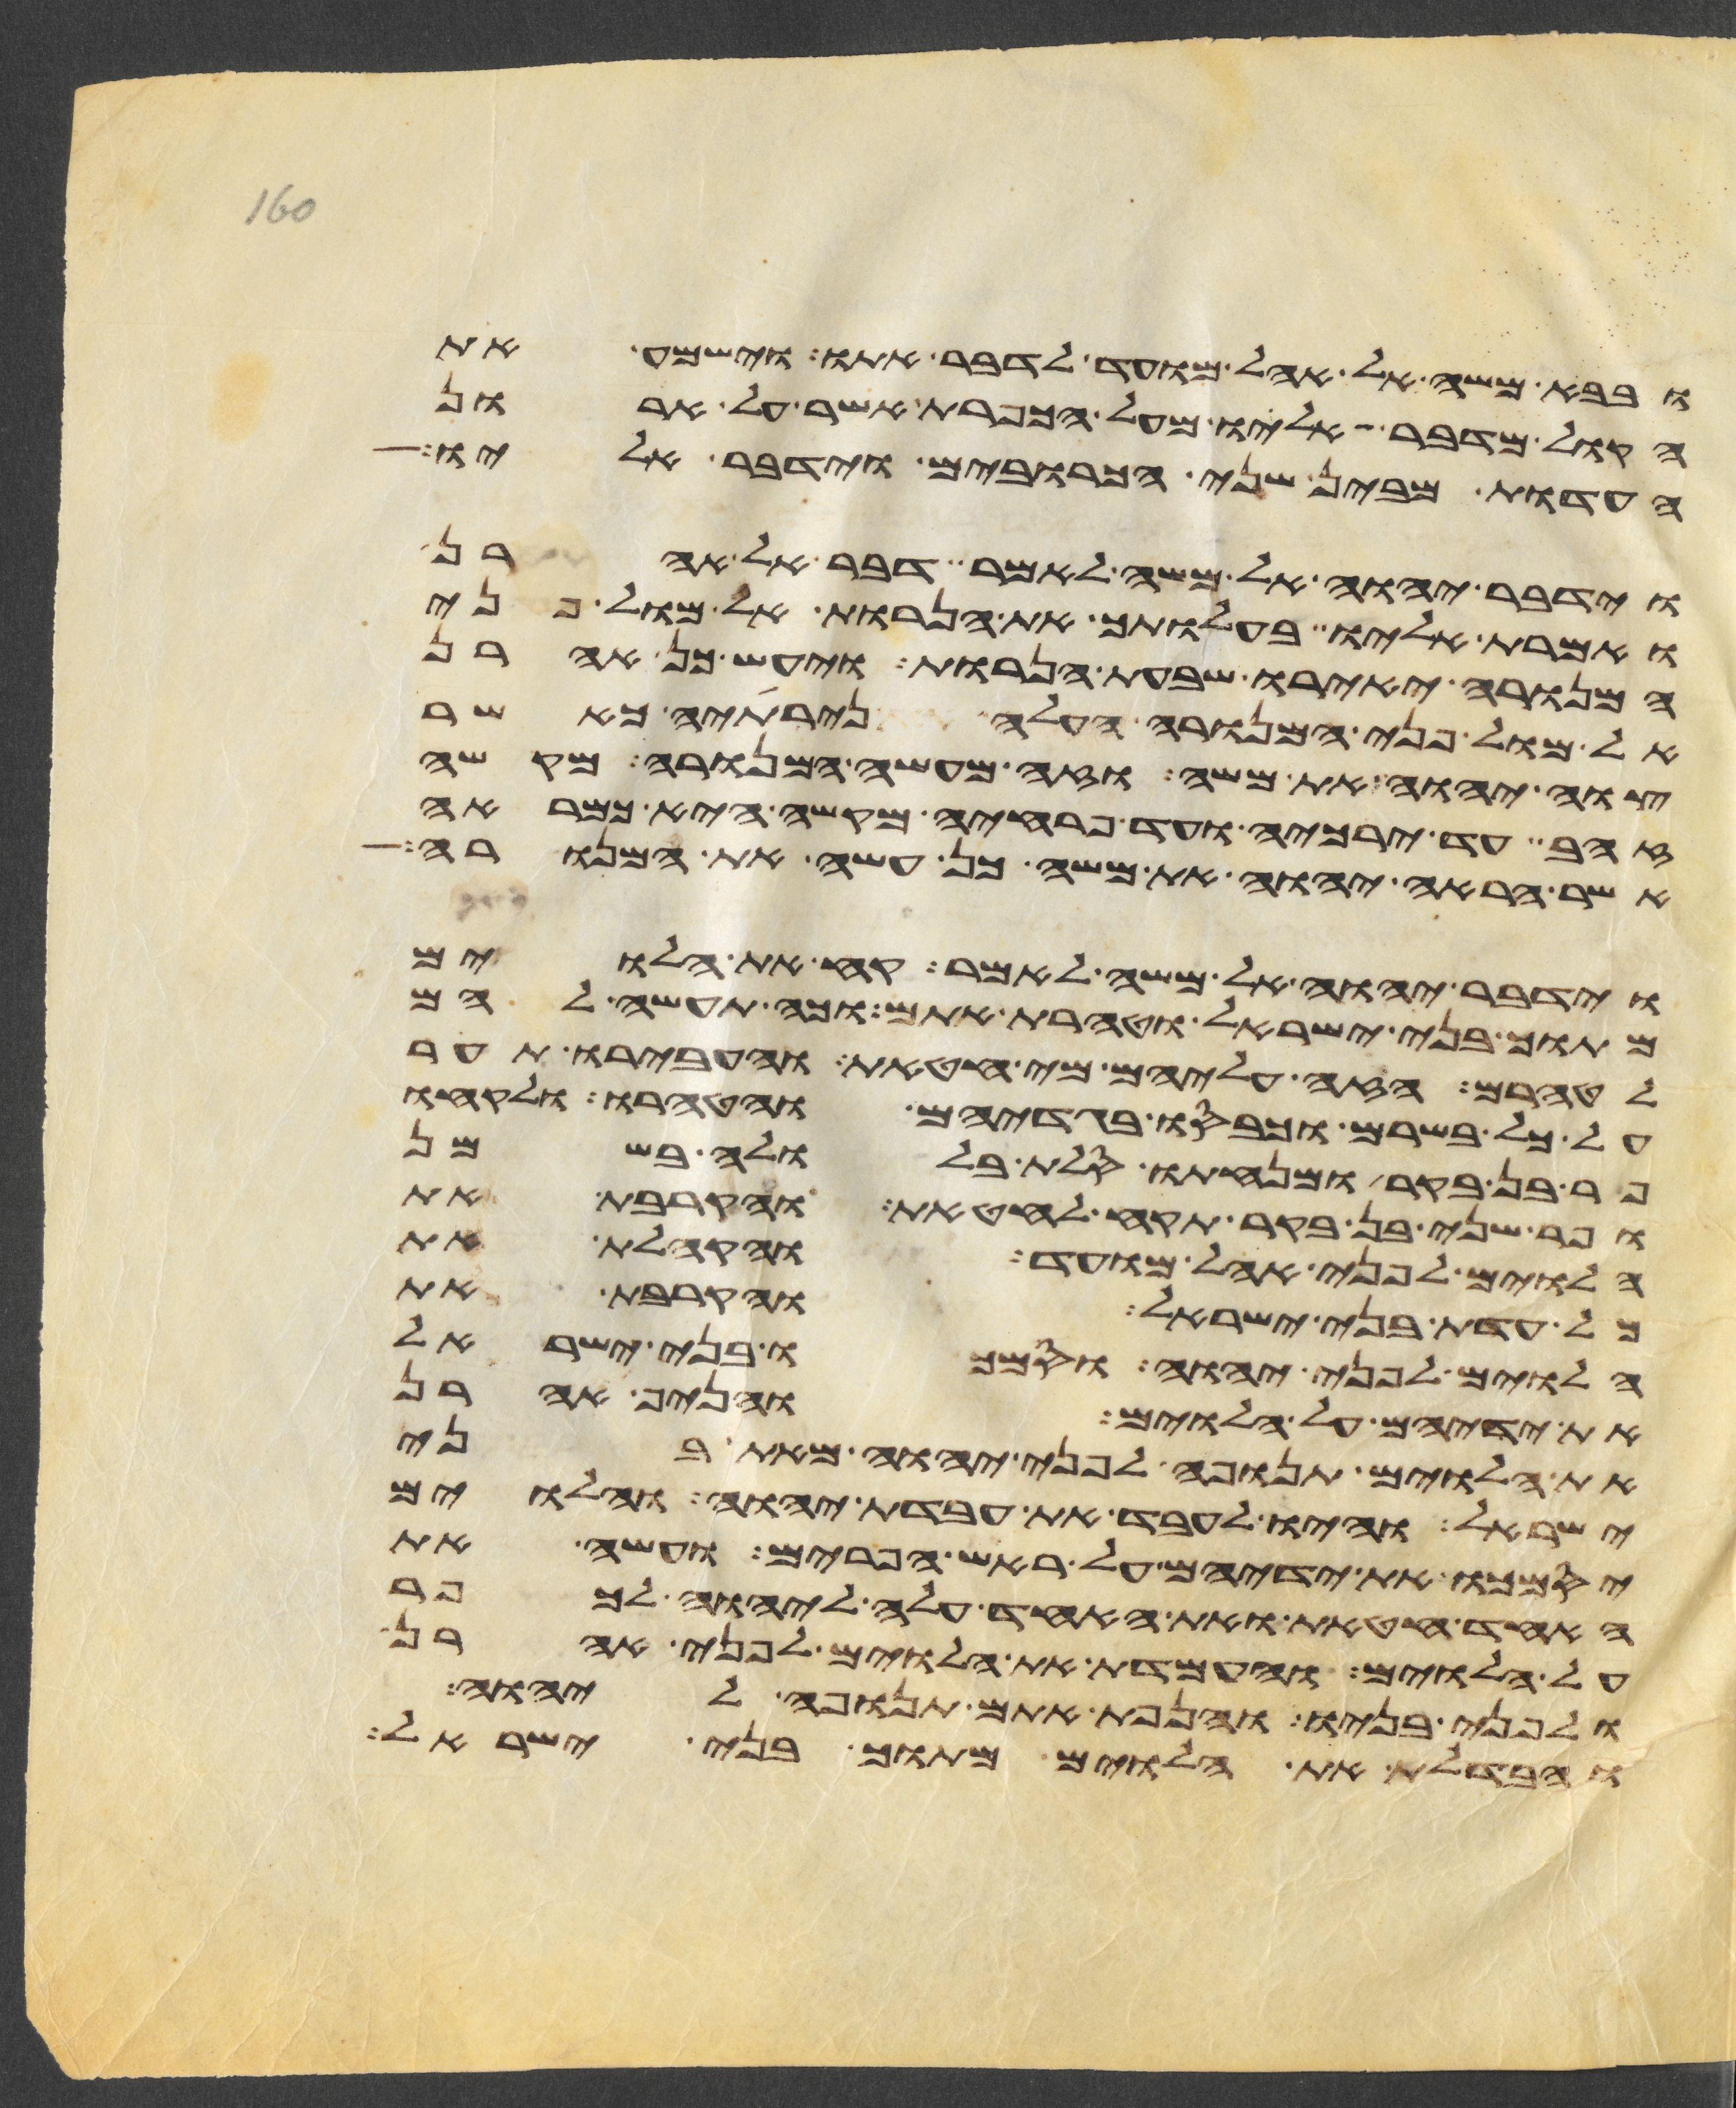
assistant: ובבא משה אל אהל מועד לדבר אתו וישמע את
הקול מדבר אליו מעל הכפרת אשר על ארון
העדות מבין שני הכרובים וידבר אליו
וידבר יהוה אל משה לאמר דבר אל אהרן
ואמרת אליו בהעלותך את הנרות אל מול פני
המנורה יאירו שבעת הנרות ויעש כן אהרן
אל מול פני המנורה העלה נרתיה כאשר
צוה יהוה את משה וזה מעשה המנורה מקשה
זהב עד ירכיה ועד פרחיה מקשה היא כמראה
אשר הראה יהוה את משה כן עשה את המנורה
וידבר יהוה אל משה לאמר קח את הלוים
מתוך בני ישראל וטהרת אתם וכה תעשה להם
לטהרם הזי עליהם מי חטאת והעבירו תער
על כל בשרם וכבסו בגדיהם והטהרו ולקחו
פר בן בקר ומנחתו סלת בלולה בשמן
ופר שני בן בקר תקח לחטאת והקרבת את
הלוים לפני אהל מועד והקהלת את
כל עדת בני ישראל והקרבת את
הלוים לפני יהוה וסמכו בני ישראל
את ידיהם על הלוים והניף אהרן
את הלוים תנופה לפני יהוה מאת בני
ישראל והיו לעבד את עבדת יהוה והלוים
יסמכו את ידיהם על ראש הפרים ועשה את
האחד חטאת ואת האחד עלה ליהוה לכפר
על הלוים והעמדת את הלוים לפני אהרן
ולפני בניו והנפת אתם תנופה ליהוה
והבדלת את הלוים מתוך בני ישראל